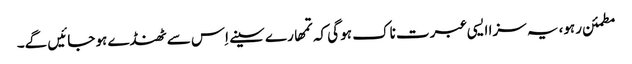
مطمئن رہو، یہ سزا ایسی عبرت ناک ہو گی کہ تمھارے سینے اِس سے ٹھنڈے ہو جائیں گے۔